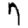
Digit: 7